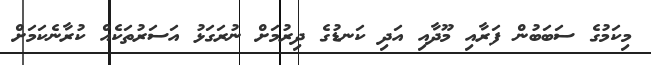
މިކަމުގެ ސަބަބުން ފަރާއި މޫދާއި އަދި ކަނޑުގެ ދިރުމަށް ނުރަގަޅު އަސަރުތަކެއް ކުރާނެކަމަށް